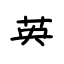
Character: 英